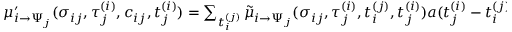
\begin{array} { r } { \mu _ { i \to \Psi _ { j } } ^ { \prime } ( \sigma _ { i j } , \tau _ { j } ^ { ( i ) } , c _ { i j } , t _ { j } ^ { ( i ) } ) = \sum _ { t _ { i } ^ { ( j ) } } \tilde { \mu } _ { i \to \Psi _ { j } } ( \sigma _ { i j } , \tau _ { j } ^ { ( i ) } , t _ { i } ^ { ( j ) } , t _ { j } ^ { ( i ) } ) a ( t _ { j } ^ { ( i ) } - t _ { i } ^ { ( j ) } - c _ { i j } ) \ , } \end{array}